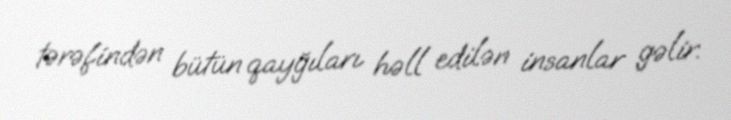
tərəfindən bütün qayğıları həll edilən insanlar gəlir.